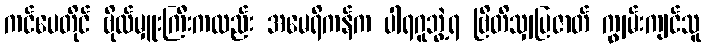
ကင်ပေတိုင် ဗိုလ်မှူးကြီးကလည်း အမေရိကန်က ပါရဂူဘွဲ့ရ ဗြိတိသျှပြဇာတ် ကျွမ်းကျင်သူ